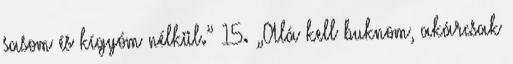
sasom és kígyóm nélkül.” 15. „Alá kell buknom, akárcsak